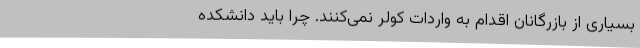
بسیاری از بازرگانان اقدام به واردات کولر نمی‌کنند. چرا باید دانشکده